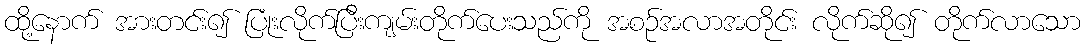
ထို့နောက် အားတင်း၍ ပြုံးလိုက်ပြီးကျမ်းတိုက်ပေးသည်ကို အစဉ်အလာအတိုင်း လိုက်ဆို၍ တိုက်လာသော